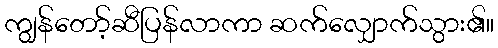
ကျွန်တော့်ဆီပြန်လာကာ ဆက်လျှောက်သွား၏။